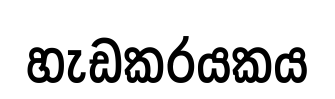
හැඩකරයකය